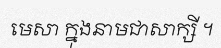
មេសា ក្នុងនាមជាសាក្សី ។